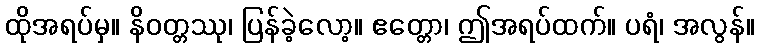
ထိုအရပ်မှ။ နိဝတ္တဿု၊ ပြန်ခဲ့လော့။ ဧတ္တော၊ ဤအရပ်ထက်။ ပရံ၊ အလွန်။